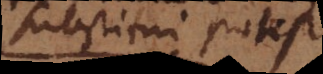
substitui potest,